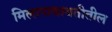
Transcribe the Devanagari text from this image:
मिलापाबाबतीतील